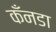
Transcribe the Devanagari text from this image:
कँनडा